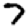
Digit: 7